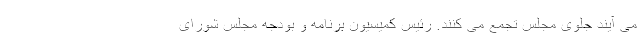
می آیند جلوی مجلس تجمع می کنند. رئیس کمیسیون برنامه و بودجه مجلس شورای